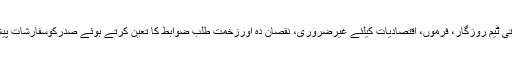
مذکورہ خدماتی ٹیم روزگار، فرموں، اقتصادیات کیلئے غیرضروری، نقصان دہ اورزخمت طلب ضوابط کا تعین کرتے ہوئے صدرکوسفارشات پیش کرے گی۔